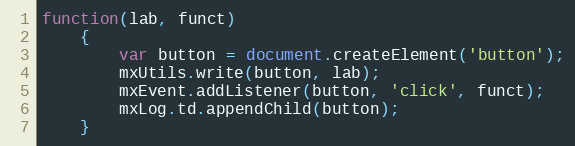
Language: JavaScript
function(lab, funct)
	{
		var button = document.createElement('button');
		mxUtils.write(button, lab);
		mxEvent.addListener(button, 'click', funct);
		mxLog.td.appendChild(button);
	}